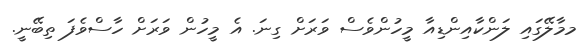
މމާލޭގައި ލަންކާއިންޑިއާ މީހުންވެސް ވަރަށް ގިނަ. އެ މީހުން ވަރަށް ހާސްވެފަ ތިބޭނީ.